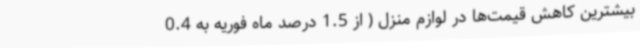
بیشترین کاهش قیمت‌ها در لوازم منزل ( از 1.5 درصد ماه فوریه به 0.4